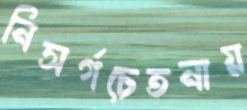
নিসর্গচেতনায়